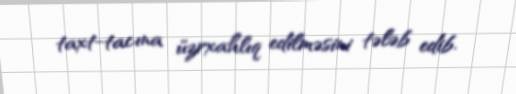
taxt-tacına üzrxahlıq edilməsini tələb edib.